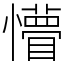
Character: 懵